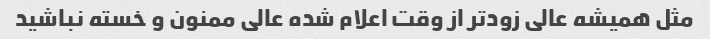
مثل همیشه عالی زود‌تر از وقت اعلام شده عالی ممنون و خسته نباشید